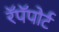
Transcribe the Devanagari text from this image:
रॅपॅपोर्ट